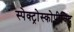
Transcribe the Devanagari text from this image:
स्पेक्ट्रोस्कोपीविद